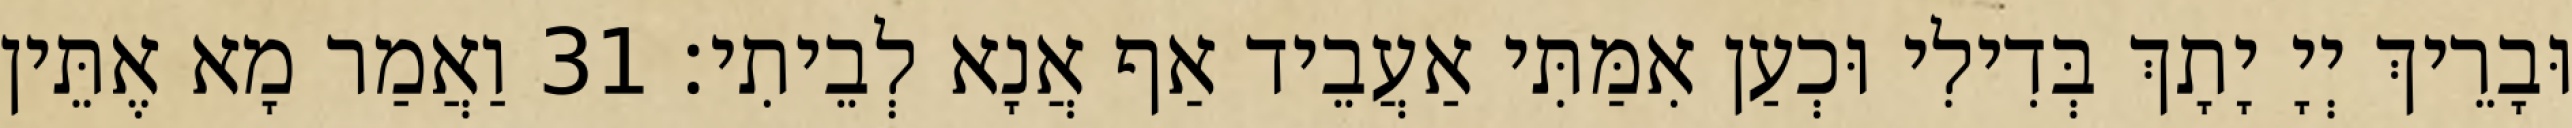
וּבָרֵיךְ יְיָ יָתָךְ בְּדִילִי וּכְעַן אִמַּתִּי אַעֲבֵיד אַף אֲנָא לְבֵיתִי׃ 31 וַאֲמַר מָא אֶתֵּין